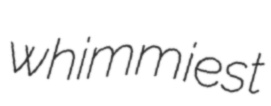
whimmiest